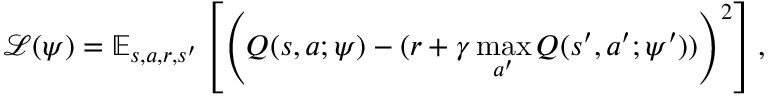
\mathcal { L } ( \psi ) = \mathbb { E } _ { s , a , r , s ^ { \prime } } \left[ \left( Q ( s , a ; \psi ) - ( r + \gamma \operatorname* { m a x } _ { a ^ { \prime } } Q ( s ^ { \prime } , a ^ { \prime } ; \psi ^ { \prime } ) ) \right) ^ { 2 } \right] ,